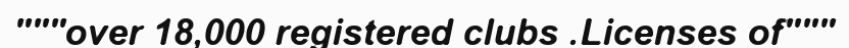
"""over 18,000 registered clubs .Licenses of"""